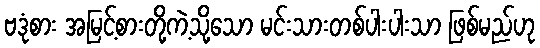
ဗဒုံစား အမြင့်စားတို့ကဲ့သို့သော မင်းသားတစ်ပါးပါးသာ ဖြစ်မည်ဟု